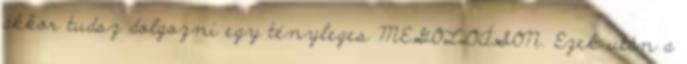
akkor tudsz dolgozni egy tényleges MEGOLDÁSON. Ezek után a